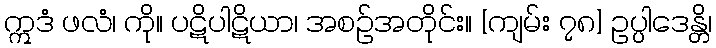
ဣဒံ ဖလံ၊ ကို။ ပဋိပါဋိယာ၊ အစဉ်အတိုင်း။ [ကျမ်း ၇၈] ဥပ္ပါဒေန္တိ၊